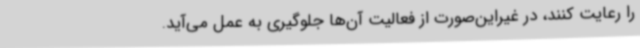
را رعایت کنند، در غیراین‌صورت از فعالیت آن‌ها جلوگیری به عمل می‌آید.